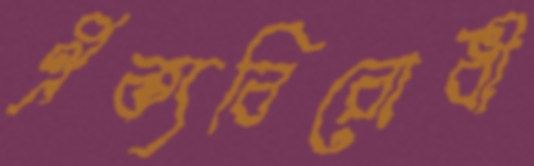
ঐক্যবিরোধী